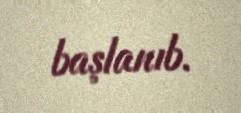
başlanıb.